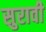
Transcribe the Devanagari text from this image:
सुरावी